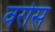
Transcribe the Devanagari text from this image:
वरोस